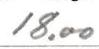
18.00